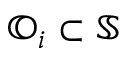
\mathbb { O } _ { i } \subset \mathbb { S }